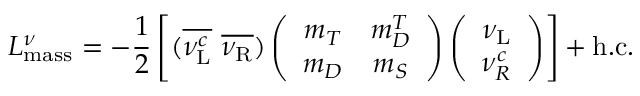
{ \cal { L } } _ { \mathrm { m a s s } } ^ { \nu } = - \frac { 1 } { 2 } \left[ ( { \overline { { { \nu _ { \mathrm { L } } ^ { c } } } } } ~ { \overline { { { \nu _ { \mathrm { R } } } } } } ) \left( \begin{array} { c c } { { m _ { T } } } & { { m _ { D } ^ { T } } } \\ { { m _ { D } } } & { { m _ { S } } } \end{array} \right) \left( \begin{array} { c } { { \nu _ { \mathrm { L } } } } \\ { { \nu _ { R } ^ { c } } } \end{array} \right) \right] + \mathrm { h . c . }